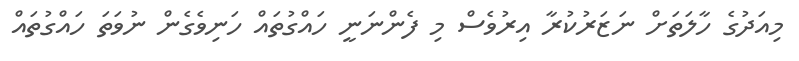
މިއަދުގެ ހާލަތަށް ނަޒަރުކުރާ އިރުވެސް މި ފެންނަނީ ހައްގުތައް ހަނިވެގެން ނުވަތަ ހައްގުތައް